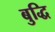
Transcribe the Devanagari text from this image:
बुद्धि